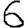
Digit: 6